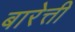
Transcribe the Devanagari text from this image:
बारेत्ती